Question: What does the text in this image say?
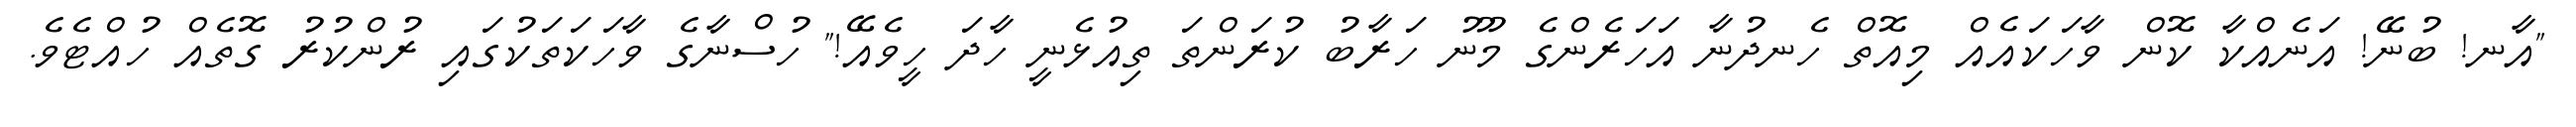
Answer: "އާނ! ބުނޭ! އަނެއްކާ ކޮން ވާހަކައެއް މިއޮތް ހެނދުނާ އަހަރެންގެ މޫނު ހަރާބު ކުރަންތަ ތިއުޅެނީ ހާދަ ހީވެއޭ!" ހުސްނާގެ ވާހަކަތަކުގައި ރުންކުރު ގޮތެއް ހުއްޓެވެ.